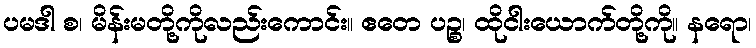
ပမဒါ စ၊ မိန်းမတို့ကိုလည်းကောင်း။ ဧတေ ပဉ္စ၊ ထိုငါးယောက်တို့ကို။ နရော၊